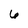
Character: 6